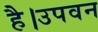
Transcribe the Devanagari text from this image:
है।उपवन